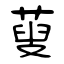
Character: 蓃